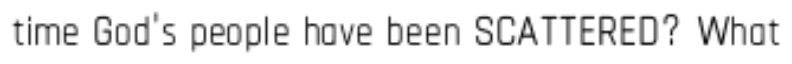
time God's people have been SCATTERED? What